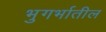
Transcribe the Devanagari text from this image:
भुगर्भातील